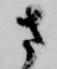
さ